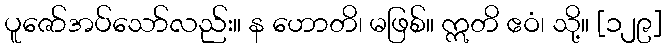
ပူဇော်အပ်သော်လည်း။ န ဟောတိ၊ မဖြစ်။ ဣတိ ဧဝံ၊ သို့။ [၁၂၉]